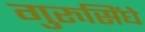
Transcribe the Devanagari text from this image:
गुरुसिंघे